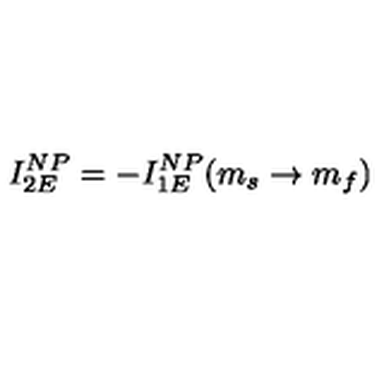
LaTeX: I _ { 2 E } ^ { N P } = - I _ { 1 E } ^ { N P } ( m _ { s } \rightarrow m _ { f } )